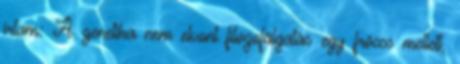
írtam: A genetika nem elvont filozofálgatás egy fröccs mellett,